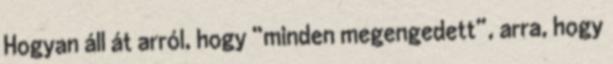
Hogyan áll át arról, hogy “minden megengedett”, arra, hogy